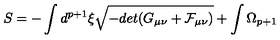
S = - \int d ^ { p + 1 } \xi \sqrt { - d e t ( G _ { \mu \nu } + { \cal F } _ { \mu \nu } ) } + \int \Omega _ { p + 1 }